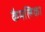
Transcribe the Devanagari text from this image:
कैमलिका